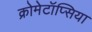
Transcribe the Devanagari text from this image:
क्रोमेटॉप्सिया